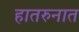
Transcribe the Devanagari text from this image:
हातरुनात